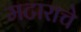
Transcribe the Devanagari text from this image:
मटाराचे